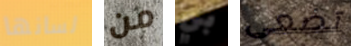
لسانها من بي تضعى